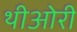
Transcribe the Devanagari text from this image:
थीओरी